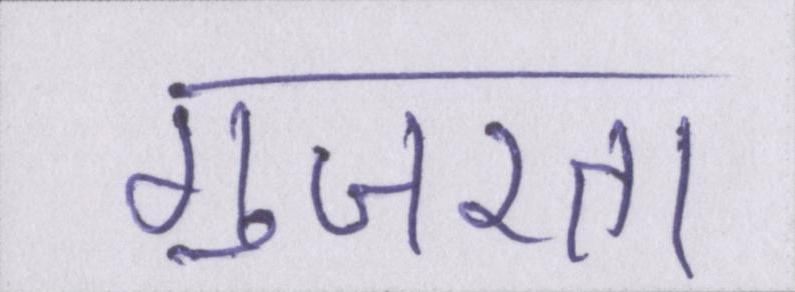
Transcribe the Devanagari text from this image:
गुजरता